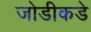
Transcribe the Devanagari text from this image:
जोडीकडे